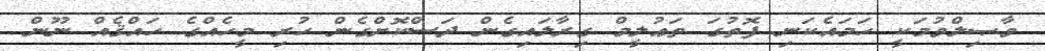
ވާޞިލްވުމަކީ ހަމައެކަނި ފޮތުގަ ތަޢުލީމް ގިރާލައިގެން ދަސްކޮށްގެން ހުރި މީހެއްގެ ޙައްޤެއް ނޫން